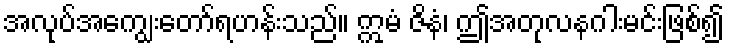
အလုပ်အကျွေးတော်ရဟန်းသည်။ ဣမံ ဇိနံ၊ ဤအတုလနဂါးမင်းဖြစ်၍